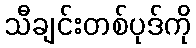
သီချင်းတစ်ပုဒ်ကို